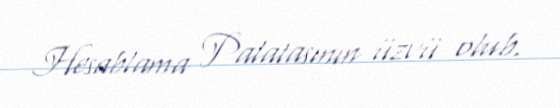
Hesablama Palatasının üzvü olub.